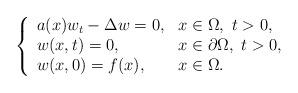
LaTeX: \begin{align*}\left\{\begin{array}{ll}a(x)w_{t}-\Delta w = 0,& x\in \Omega,\ t>0,\\w(x,t)=0,&x\in \partial \Omega, \ t>0,\\w(x,0) = f(x),&x\in \Omega.\end{array}\right.\end{align*}